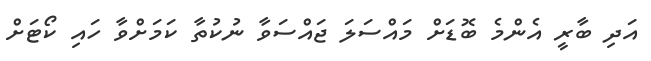
އަދި ބާރީ އެންމެ ބޮޑަށް މައްސަލަ ޖައްސަވާ ނުކުތާ ކަމަށްވާ ހައި ކޯޓަށް